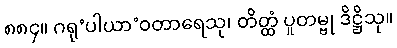
၈၈၄။ ဂရု’ပါယာ’ဝတာရေသု၊ တိတ္ထံ ပူတမ္ဗု ဒိဋ္ဌိသု။